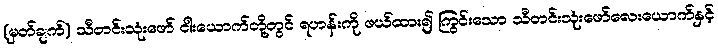
(မှတ်ချက်) သီတင်းသုံးဖော် ငါးယောက်တို့တွင် ရဟန်းကို ဖယ်ထား၍ ကြွင်းသော သီတင်းသုံးဖော်လေးယောက်နှင့်